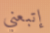
إتبعني